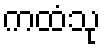
ကထံသု